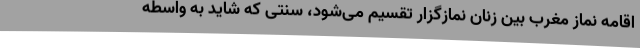
اقامه نماز مغرب بین زنان نمازگزار تقسیم می‌شود، سنتی که شاید به واسطه